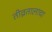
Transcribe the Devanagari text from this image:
तीव्रतालाचा